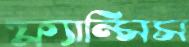
ফ্র্যান্সিস